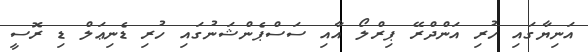
އަނިޔާގައި ހުރި އަންދްރޭ ޕިރްލޯ އާއި ސަސްޕެންޝަނުގައި ހުރި ޑެނިޢަލް ޑި ރޮސީ